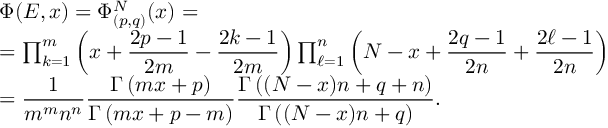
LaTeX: \begin{array} { l } { { \Phi ( E , x ) = \Phi _ { ( p , q ) } ^ { N } ( x ) = } } \\ { { = \prod _ { k = 1 } ^ { m } \left( x + \displaystyle \frac { 2 p - 1 } { 2 m } - \frac { 2 k - 1 } { 2 m } \right) \prod _ { \ell = 1 } ^ { n } \left( N - x + \displaystyle \frac { 2 q - 1 } { 2 n } + \frac { 2 \ell - 1 } { 2 n } \right) } } \\ { { = \displaystyle \frac { 1 } { m ^ { m } n ^ { n } } \displaystyle \frac { \Gamma \left( m x + p \right) } { \Gamma \left( m x + p - m \right) } \displaystyle \frac { \Gamma \left( ( N - x ) n + q + n \right) } { \Gamma \left( ( N - x ) n + q \right) } . } } \end{array}